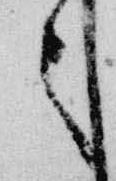
々